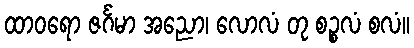
ထာဝရော ဇင်္ဂမာ အညော၊ လောလံ တု စဉ္စလံ စလံ။